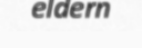
eldern